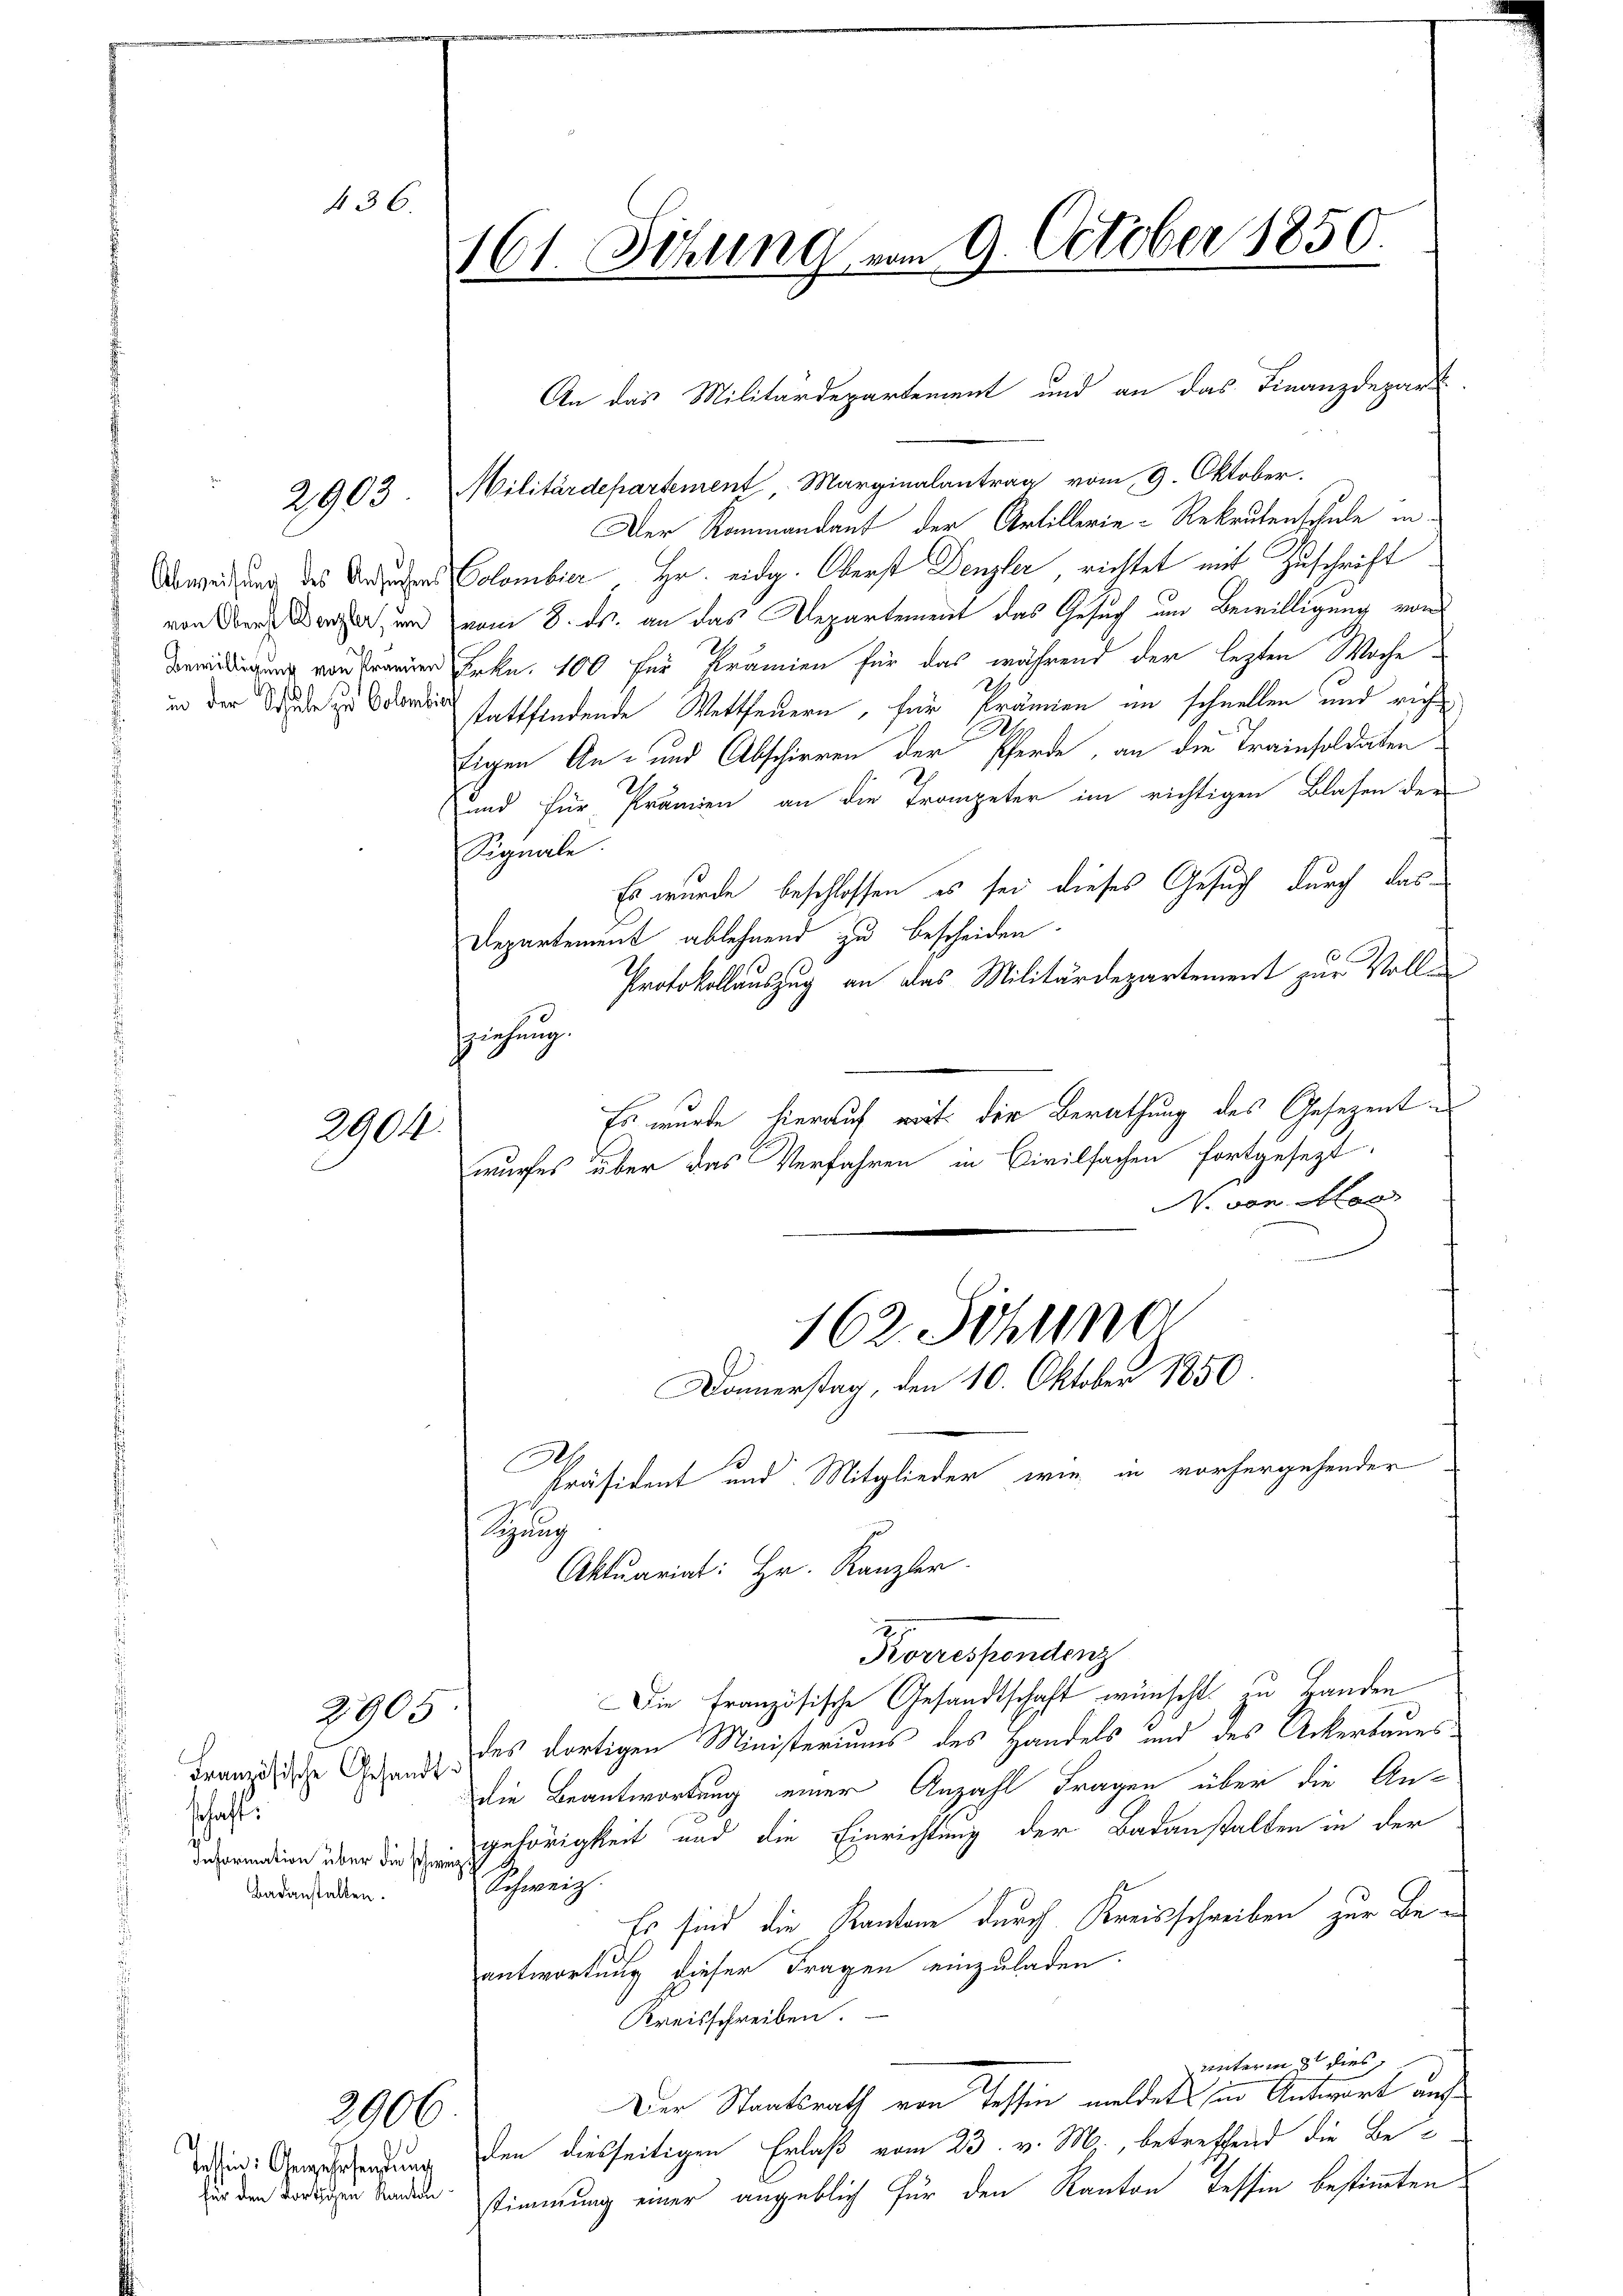
436.

2903

2904.

2905.

Französische Gesandt:
schaft:
Badanstalten.

2906

Tessin: Gegehrendung

161. Setzung vom 9. October 1850
e

Militärdepartement, Marginalantrag vom 9. Oktober.
Der Raumandauf der Artillerie-Rekrutenschule in
Beweisung des des Colombier, Hr. eidg. Oberst Denzler richtet mit Zuschrift
von der Beer, und vom 8. ds. an das Departement das Gesuch um Bewilligung von
Beeidigung von Tränen Frkn. 100 für Prämien für das während der lezten Woche
in der Seide es darin stattfindende Wettfeuern, für Prämien im schnellen und richt
Eigen An- und Abschieren der Pferde, an die Trainsoldaten
und für Prämien an die Trompeter im richtigen Blasen der
Signale.
Es wurde beschlossen es sei dieses Gesuch durch das¬
Departement ablehnend zu bescheiden
Protokollauszug an das Militärdepartement zur Voll¬
Es wurde hierauf weit der Berathung des Gesezent
wurfes über das Verfahren in Civilsachen fortgesezt
N. von Mar
162. Schun
Donnerstag, den 10. Oktober 1850.
E
Präsident und Mitglieder wie in vorhergehender
Sun
Aktuariat: Hr. Kanzler.
Korrespondenz
Die französische Gesandtschaft wünscht zu Handen
des dortigen Ministeriums des Handels und des Ackerbaues
die Beantwortung einer Anzahl Fragen über die An¬
Deprendion über die gehörigkeit und die Einrichtung der Badanstalten in der
Schweiz.
Es sind die Kantone durch Kreisschreiben zur Beantwortung dieser Fragen einzuladen.
Kreisschreiben.
unterm 8 dies
Der Staatsrath von Tessin meldets in Antwort aufden diesseitigen Erlaß vom 23. v. M., betreffend die Be-
dur den Todten Sanden stimmung einer angeblich für den Kanton Tessin bestimmten

sziehung.

An das Militärdepartement und an das Finanzdepart